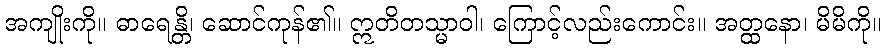
အကျိုးကို။ ဓာရေန္တိ၊ ဆောင်ကုန်၏။ ဣတိတသ္မာဝါ၊ ကြောင့်လည်းကောင်း။ အတ္ထနော၊ မိမိကို။